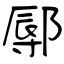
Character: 鄏